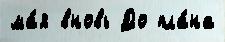
ма́я вновь До пла́на